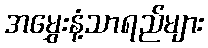
အမွှေးနံ့သာရည်များ